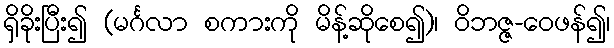
ရှိခိုးပြီး၍ (မင်္ဂလာ စကားကို မိန့်ဆိုစေ၍)၊ ဝိဘဇ္ဇ-ဝေဖန်၍၊